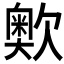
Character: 𣤡